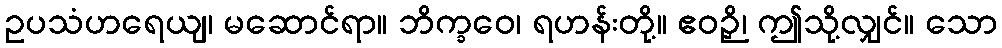
ဥပသံဟရေယျ၊ မဆောင်ရာ။ ဘိက္ခဝေ၊ ရဟန်းတို့။ ဧဝဉှိ၊ ဤသို့လျှင်။ သော